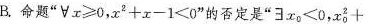
B.命题”$$∀ x ≥ 0$$，$$x ^ { 2 } + x - 1 < 0$$”的否定是”$$\exists x _ { 0 } < 0$$，$$x _ { 0 } ^ { 2 } +